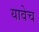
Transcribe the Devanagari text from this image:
यावेच